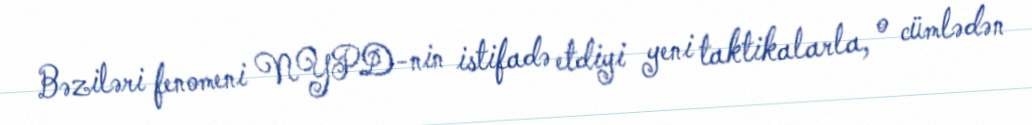
Bəziləri fenomeni NYPD-nin istifadə etdiyi yeni taktikalarla, o cümlədən